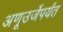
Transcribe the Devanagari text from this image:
अणूउर्जेपर्यंत